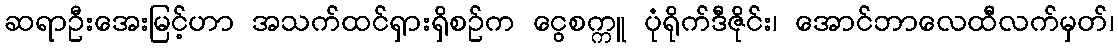
ဆရာဦးအေးမြင့်ဟာ အသက်ထင်ရှားရှိစဉ်က ငွေစက္ကူ ပုံရိုက်ဒီဇိုင်း၊ အောင်ဘာလေထီလက်မှတ်၊